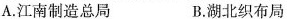
A.江南制造总局 B.湖北织布局